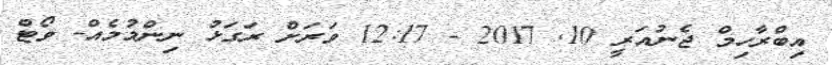
އިބްރާހިމް ޖެނުއަރީ 10